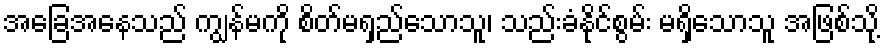
အခြေအနေသည် ကျွန်မကို စိတ်မရှည်သောသူ၊ သည်းခံနိုင်စွမ်း မရှိသောသူ အဖြစ်သို့